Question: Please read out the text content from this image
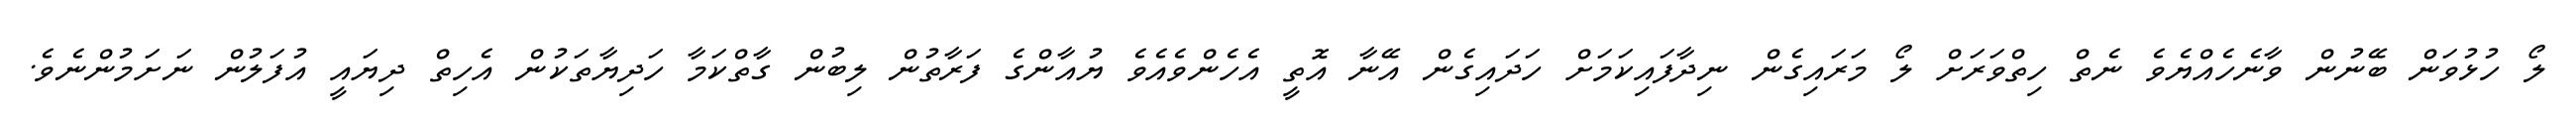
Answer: ލޯ ހުޅުވަން ބޭނުން ވާނެހެއްޔެވެ ނެތް ހިތްވަރަށް ލޯ މަރައިގެން ނިދާފައިކަމަށް ހަދައިގެން އޭނާ އޮތީ އެހެންވެއެވެ ޔުއާންގެ ފަރާތުން ލިބުން ގާތްކަމާ ހަދިޔާތަކުން އެހިތް ދިޔައީ އުފަލުން ނަށަމުންނެވެ.